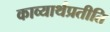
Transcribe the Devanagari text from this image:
काव्यार्थप्रतीति